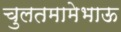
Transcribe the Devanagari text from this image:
चुलतमामेभाऊ